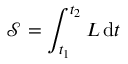
{ \mathcal { S } } = \int _ { t _ { 1 } } ^ { t _ { 2 } } L \, \mathrm { d } t \,